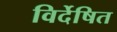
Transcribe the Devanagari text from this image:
विर्देषित